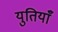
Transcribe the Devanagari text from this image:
युतियाँ